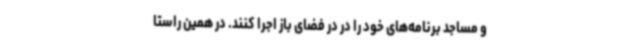
و مساجد برنامه‌های خود را در در فضای باز اجرا کنند. در همین راستا